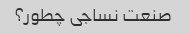
صنعت نساجی چطور؟